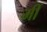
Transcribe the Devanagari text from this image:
मीं